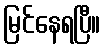
မြင်နေရပြီ။